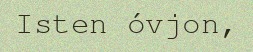
Isten óvjon,